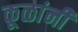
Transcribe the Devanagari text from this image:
कूळांनी